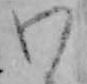
わ